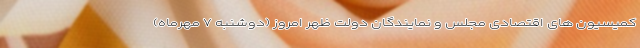
کمیسیون های اقتصادی مجلس و نمایندگان دولت ظهر امروز (دوشنبه ۷ مهرماه)